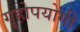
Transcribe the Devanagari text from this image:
गॄहोपयोगी